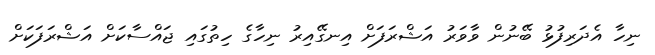
ނިހާ އެދަރިފުޅު ބޭނުން ވާވަރު އަޝްރަފަށް އިނގޭއިރު ނިހާގެ ހިތުގައި ޖައްސާކަށް އަޝްރަފަކަށް